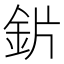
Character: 𬫄